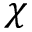
\chi